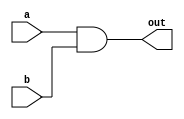
/**
 * And gate: 
 * out = 1 if (a == 1 and b == 1)
 *       0 otherwise
 */
 
 module my_and (out, a, b);
 
 output out;
 input a, b;
 
 assign out = a & b;
 
 endmodule